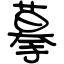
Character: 摹